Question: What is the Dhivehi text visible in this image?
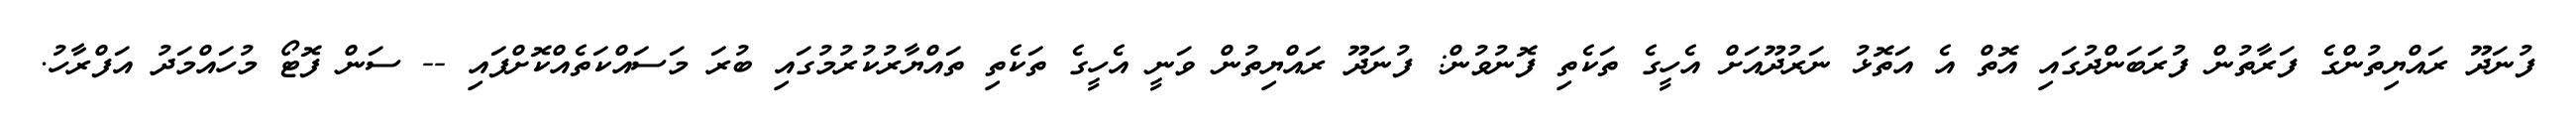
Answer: ފުނަދޫ ރައްޔިތުންގެ ފަރާތުން ފުރަބަންދުގައި އޮތް އެ އަތޮޅު ނަރުދޫއަށް އެހީގެ ތަކެތި ފޮނުވުން: ފުނަދޫ ރައްޔިތުން ވަނީ އެހީގެ ތަކެތި ތައްޔާރުކުރުމުގައި ބުރަ މަސައްކަތެއްކޮށްފައި -- ސަން ފޮޓޯ މުހައްމަދު އަފްރާހު.